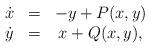
LaTeX: \begin{align*}\displaystyle{\begin{array}{ccc}\dot{x} & = & -y+P(x,y)\\ \dot{y} & = & x+Q(x,y),\\\end{array}} \end{align*}